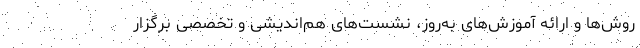
روش‌ها و ارائه آموزش‌های به‌روز، نشست‌های هم‌اندیشی و تخصصی برگزار